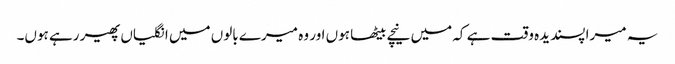
یہ میرا پسندیدہ وقت ہے کہ میں نیچے بیٹھا ہوں اور وہ میرے بالوں میں انگلیاں پھیر رہے ہوں۔